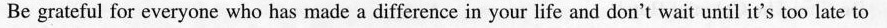
Be grateful for everyone who has made a difference in your life and don't wait until it's too late to